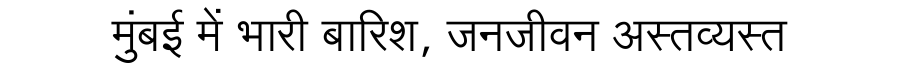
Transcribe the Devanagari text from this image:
मुंबई में भारी बारिश, जनजीवन अस्तव्यस्त